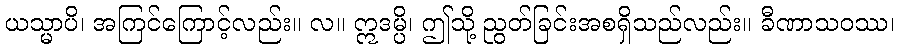
ယသ္မာပိ၊ အကြင်ကြောင့်လည်း။ လ။ ဣဒမ္ပိ၊ ဤသို့ ညွတ်ခြင်းအစရှိသည်လည်း။ ခီဏာသဝဿ၊